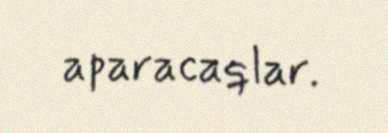
aparacaqlar.